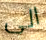
الى